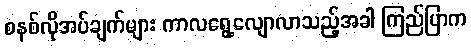
စနစ်လိုအပ်ချက်များ ကာလရွေ့လျောလာသည့်အခါ ကြည်ပြာက